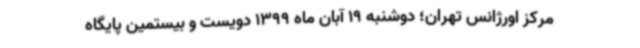
مرکز اورژانس تهران؛ دوشنبه 19 آبان ماه 1399 دویست و بیستمین پایگاه